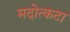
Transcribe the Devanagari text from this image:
मदोत्कटा